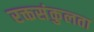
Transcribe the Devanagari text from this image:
रक्तसंकुलता